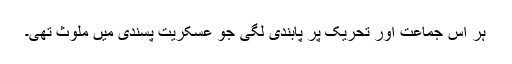
ہر اس جماعت اور تحریک پر پابندی لگی جو عسکریت پسندی میں ملوث تھی۔